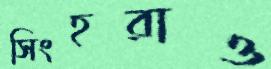
সিংহরাও